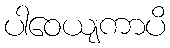
ပါဝေယျကာပိ